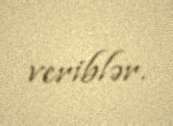
veriblər.